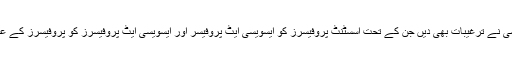
اس ضمن میں ایچ ای سی نے ترغیبات بھی دیں جن کے تحت اسسٹنٹ پروفیسرز کو ایسویسی ایٹ پروفیسر اور ایسویسی ایٹ پروفیسرز کو پروفیسرز کے عہدے پر ترقی دی گئی۔